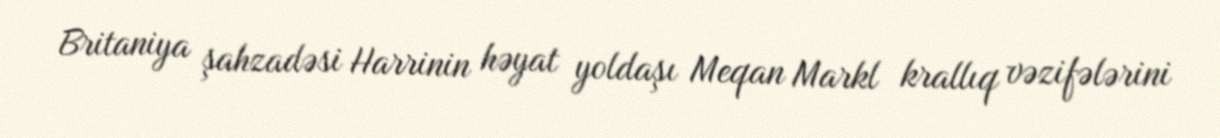
Britaniya şahzadəsi Harrinin həyat yoldaşı Meqan Markl krallıq vəzifələrini